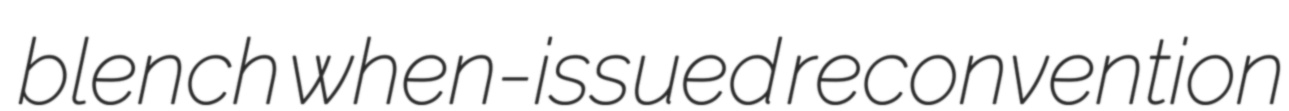
blench when-issued reconvention